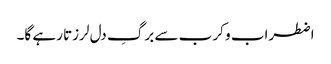
اضطراب و کرب سے برگِ دل لرزتا رہے گا۔